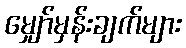
မျှော်မှန်းချက်များ